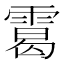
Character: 䨠